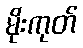
မိုးကုတ်